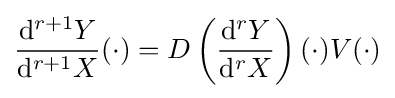
{\frac {\mathrm {d} ^{r+1}Y}{\mathrm {d} ^{r+1}X}}(\cdot )=D\left({\frac {\mathrm {d} ^{r}Y}{\mathrm {d} ^{r}X}}\right)(\cdot )V(\cdot )